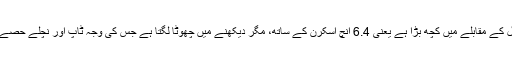
یہ فون گزشتہ سال کے ماڈل کے مقابلے میں کچھ بڑا ہے یعنی 6.4 انچ اسکرن کے ساتھ، مگر دیکھنے میں چھوٹا لگتا ہے جس کی وجہ ٹاپ اور نچلے حصے میں بیزل بہت کم ہونا ہے۔